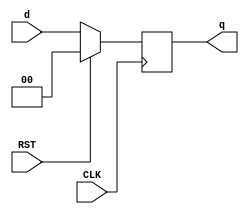
`timescale 1ns / 1ps
//////////////////////////////////////////////////////////////////////////////////
// Company: 
// Engineer: 
// 
// Design Name: 
// Module Name: HW4_1B_dff_Nagelvoort_Ethan
// Project Name: 
// Target Devices: 
// Tool Versions: 
// Description: 
// 
// Dependencies: 
// 
// Revision:
// Revision 0.01 - File Created
// Additional Comments:
// 
//////////////////////////////////////////////////////////////////////////////////
//d flip flop
module HW4_1B_dff_Nagelvoort_Ethan #(parameter WL = 2)
 (input CLK, RST,
 input [WL - 1 : 0] d,
 output reg [WL - 1 : 0] q);
 always @(posedge CLK) begin
 if(RST==1'b1)begin
  q <= 0; end
 else begin
 q <= d; end
 end
endmodule